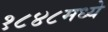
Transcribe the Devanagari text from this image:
१८४८मध्ये